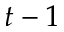
t - 1